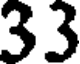
33